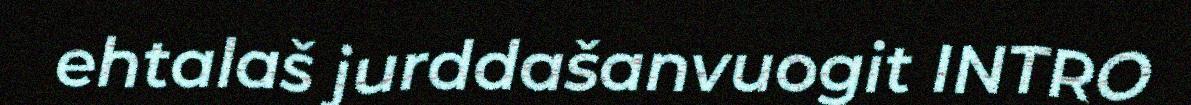
ehtalaš jurddašanvuogit INTRO